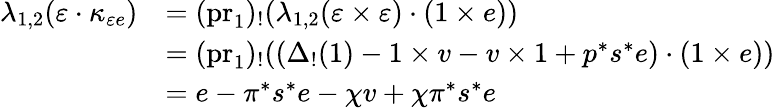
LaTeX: \begin{array}{rl}{\lambda_{1,2}(\varepsilon\cdot\kappa_{\varepsilon e})}&{=(\mathrm{pr}_{1})_{!}(\lambda_{1,2}(\varepsilon\times\varepsilon)\cdot(1\times e))}\\ &{=(\mathrm{pr}_{1})_{!}((\Delta_{!}(1)-1\times v-v\times 1+p^{*}s^{*}e)\cdot(1\times e))}\\ &{=e-\pi^{*}s^{*}e-\chi v+\chi\pi^{*}s^{*}e}\end{array}